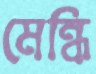
মেন্ধি